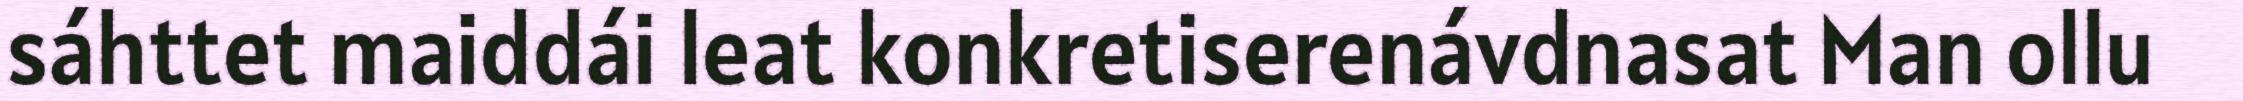
sáhttet maiddái leat konkretiserenávdnasat Man ollu